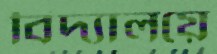
বিদ্যালয়ে